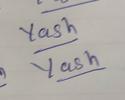
Signature authenticity: genuine